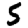
Digit: 5